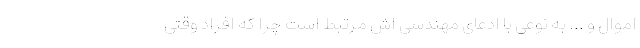
اموال و ... به نوعی با ادعای مهندسی اش مرتبط است چرا که افراد وقتی